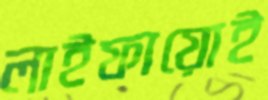
লাইফায়োই